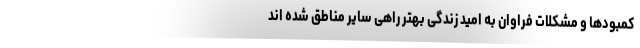
کمبودها و مشکلات فراوان به امید زندگی بهتر راهی سایر مناطق شده اند